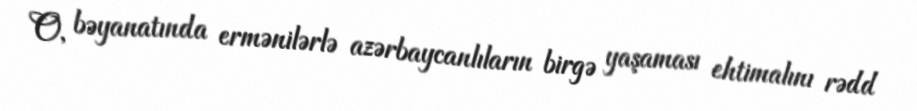
O, bəyanatında ermənilərlə azərbaycanlıların birgə yaşaması ehtimalını rədd